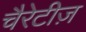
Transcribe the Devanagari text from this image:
चैरेटीज़